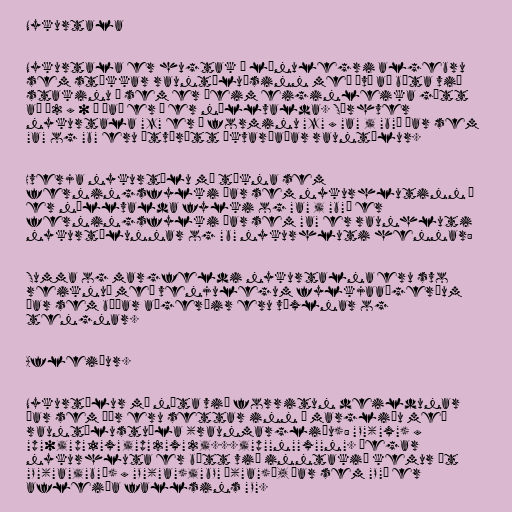
Nykurtala

Nykurtala er hugtak í línulegri algebru
sem stækkar rauntöluásinn með því að bæta við
stakinu ε sem er þeim eiginleika gætt
að ε2 = 0 — það er ε er núllvalda. Sérhver
nykurtala "z" er á forminu "z" = "a" + "b"ε þar sem
"a" og "b" eru ótvírætt ákvarðaðar rauntölur.

Hverja nykurtölu má tákna sem
ferningsfylki þar sem nykurhlutinn ε
er núllvalda fylki og "a" + "b"ε er
ferningsfylki þar sem "a" er raunhluti
nykurtölunnar og "b" nykurhluti hennar:

Summa og margfeldi nykurtalna eru svo
reiknuð með venjulegum fylkjaaðgerðum
þar sem báðar aðgerðir eru víxlnar og
tengnar.

Afleiður.

Nykurtölur má nýta við forritun deildunar
þar sem þær eru settar inn í margliðu með
rauntölustuðla (raunmargliðu): "P"("x") =
"p"0+"p"1"x"+"p"2"x"2+...+"p""n""x""n". Þegar
nykurhluta er bætt við inntakið kemur út
"P"("a"+"b"ε) = "P"("a")+"bP" ′("a")ε, þar sem "P"′ er
afleiða fallsins "P".